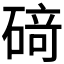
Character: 𥔎